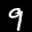
Label: 9